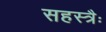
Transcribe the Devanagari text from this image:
सहस्त्रैः